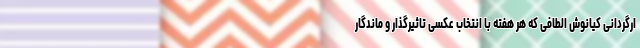
ارگردانی کیانوش الطافی که هر هفته با انتخاب عکسی تاثیرگذار و ماندگار